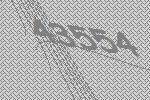
43554